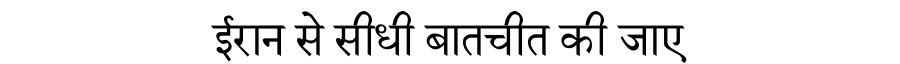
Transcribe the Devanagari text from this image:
ईरान से सीधी बातचीत की जाए